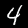
Digit: 4